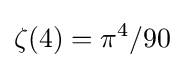
\zeta (4)=\pi ^{4}/90